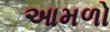
આમળો